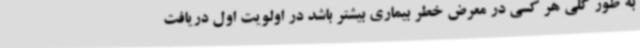
به طور کلی هر کسی در معرض خطر بیماری بیشتر باشد در اولویت اول دریافت